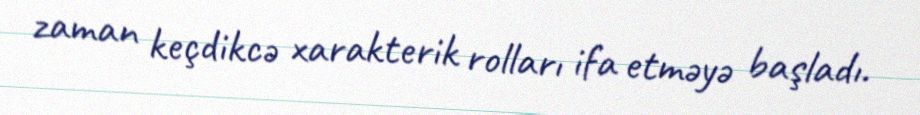
zaman keçdikcə xarakterik rolları ifa etməyə başladı.